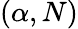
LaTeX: (\alpha,N)